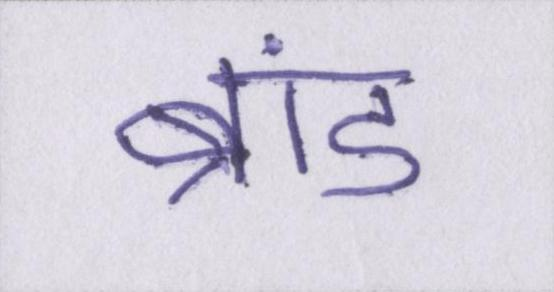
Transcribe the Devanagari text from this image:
ब्रांड